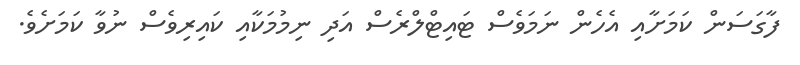
ފާގަސަން ކަމަށާއި އެހެން ނަމަވެސް ޓައިޓްލްރެސް އަދި ނިމުމަކާއި ކައިރިވެސް ނުވާ ކަމަށެވެ.